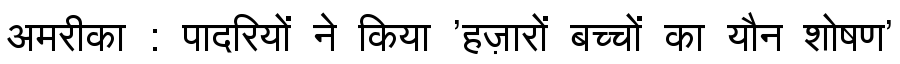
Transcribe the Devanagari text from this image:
अमरीका : पादरियों ने किया 'हज़ारों बच्चों का यौन शोषण'